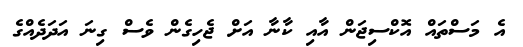
އެ މަސްތައް އޮކްސިޖަން އާއި ކާނާ އަށް ޖެހިގެން ވެސް ގިނަ އަދަދެއްގެ